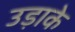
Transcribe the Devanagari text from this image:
उड़ाके